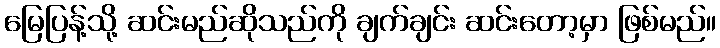
မြေပြန့်သို့ ဆင်းမည်ဆိုသည်ကို ချက်ချင်း ဆင်းတော့မှာ ဖြစ်မည်။